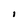
Character: I